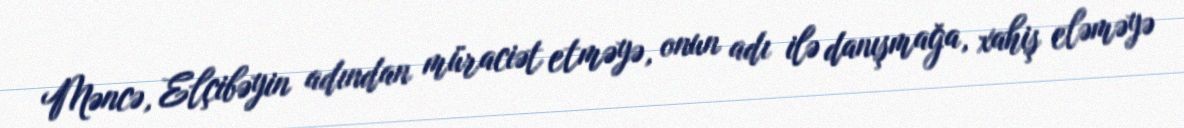
Məncə, Elçibəyin adından müraciət etməyə, onun adı ilə danışmağa, xahiş eləməyə